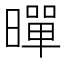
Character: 暺